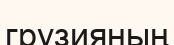
грузияның